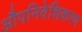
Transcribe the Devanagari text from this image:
औपनिवेशिकरण